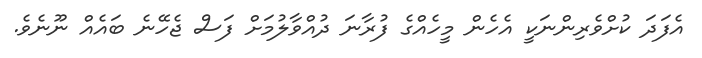
އެފަދަ ކުށްވެރިންނަކީ އެހެން މީހެއްގެ ފުރާނަ ދުއްވާލުމަށް ފަސް ޖެހޭނެ ބައެއް ނޫނެވެ.